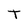
Character: T